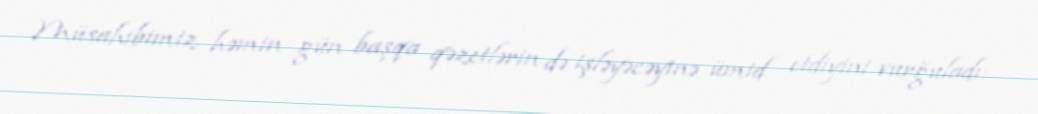
Müsahibimiz həmin gün başqa qəzetlərin də işləyəcəyinə ümid etdiyini vurğuladı: